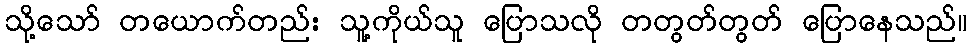
သို့သော် တယောက်တည်း သူ့ကိုယ်သူ ပြောသလို တတွတ်တွတ် ပြောနေသည်။